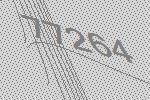
77264